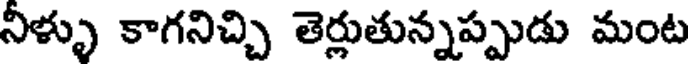
నిళ్ళు కాగనిచ్చి తెర్లుతున్నప్పుడు మంట